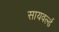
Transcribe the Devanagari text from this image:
सायवर्ल्ड